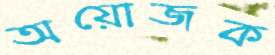
অয়োজক